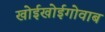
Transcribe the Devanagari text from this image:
खोईखोईगोवाब